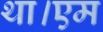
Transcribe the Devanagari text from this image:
था।एम